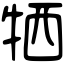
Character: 牺